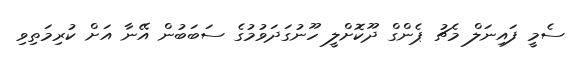
ސެމީ ފައިނަލް މެޗު ޕެންގް ދޫކޮށްލީ ހޫނުގަދަވުމުގެ ސަބަބުން އޭނާ އަށް ކުރިމަތިވި